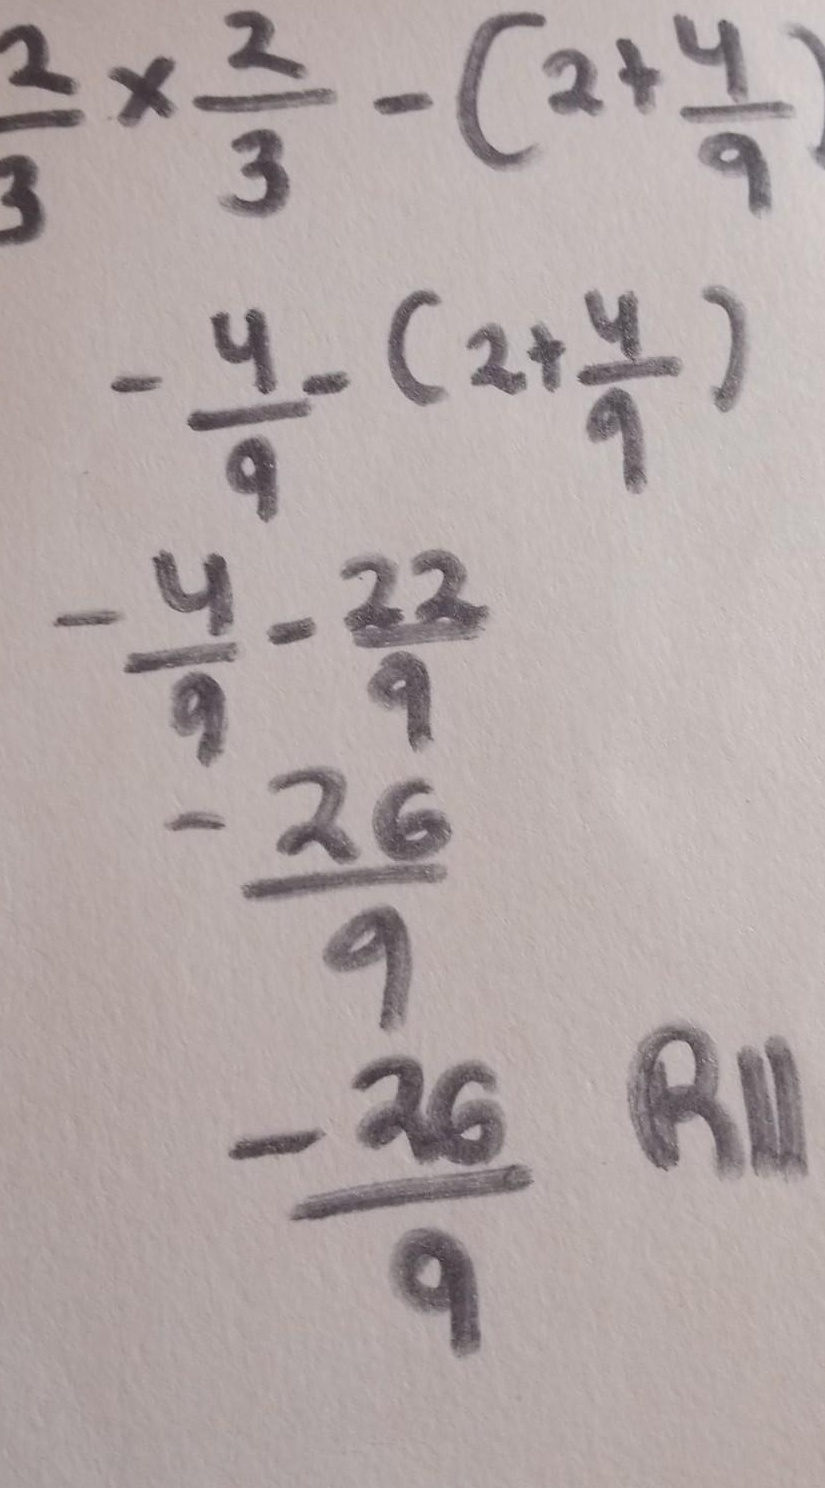
\[\begin{align*}
&\frac{2}{3}\times\frac{2}{3}-(2 + \frac{4}{9})\\
=&\frac{4}{9}-(2+\frac{4}{9})\\
=&\frac{4}{9}-\frac{22}{9}\\
=&-\frac{18}{9}\\
=& - 2
\end{align*}\]